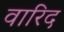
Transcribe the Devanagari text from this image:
वारिद